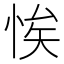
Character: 𢚝